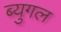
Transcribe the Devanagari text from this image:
ब्युगल